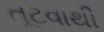
તૂટવાથી